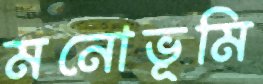
মনোভূমি